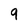
Character: 9